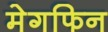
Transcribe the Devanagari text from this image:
मेगफिन